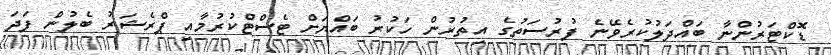
ޑޮކްޓަރުންނާ ބައްދަލުކުރެވޭނެ ފުރުސަތުގެ އިތުރުން ހަކުރު ބައްޔަށް ޓެސްޓްކުރުމާއި ޕްރެޝަރު ބެލުން ފަދަ